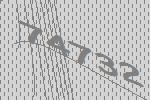
74732